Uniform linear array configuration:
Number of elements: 64
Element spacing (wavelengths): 0.75
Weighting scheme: hann
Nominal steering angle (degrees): -60
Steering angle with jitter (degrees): -58.48
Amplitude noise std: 0.05
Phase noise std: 0.05

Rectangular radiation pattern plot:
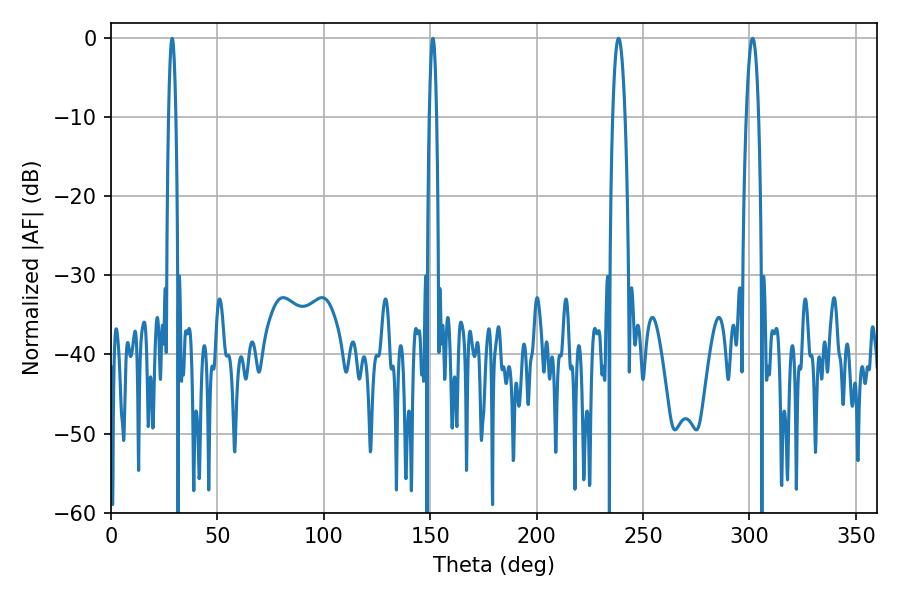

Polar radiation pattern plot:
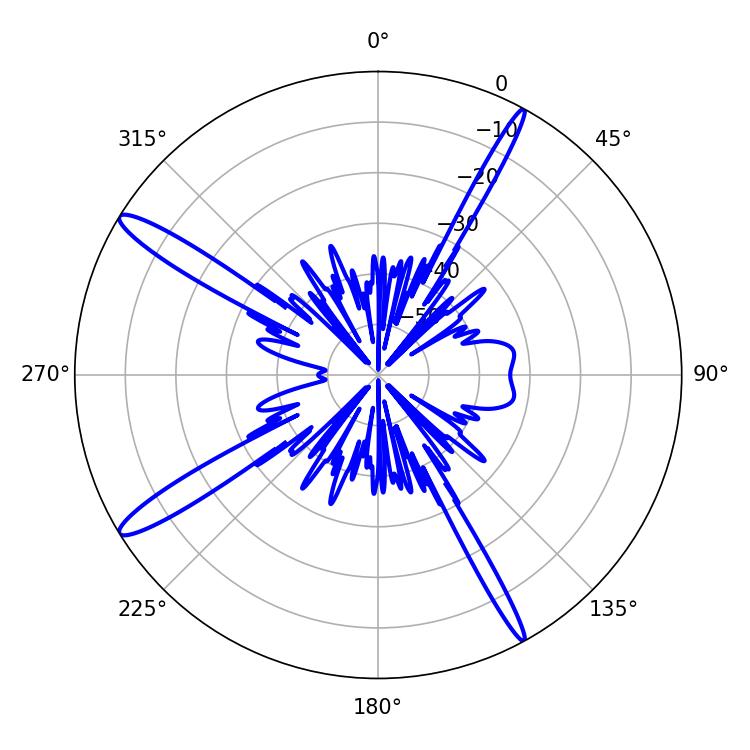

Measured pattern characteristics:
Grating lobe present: TRUE
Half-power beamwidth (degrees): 3.24
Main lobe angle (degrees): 238.5